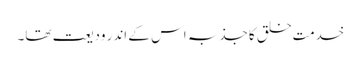
خدمتِ خلق کا جذبہ اس کے اندر ودیعت تھا۔